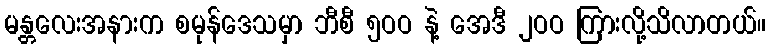
မန္တလေးအနားက စမုန်ဒေသမှာ ဘီစီ ၅ဝဝ နဲ့ အေဒီ ၂ဝဝ ကြားလို့သိလာတယ်။